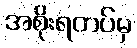
အစိုးရတပ်မှ